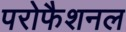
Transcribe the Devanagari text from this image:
परोफैशनल